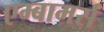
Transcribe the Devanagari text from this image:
एम्बामर्स